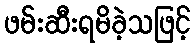
ဖမ်းဆီးရမိခဲ့သဖြင့်